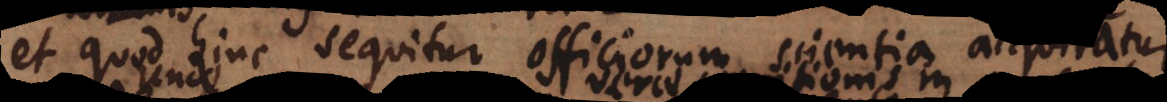
et quod hinc sequitur officiorum scientia acquiratur